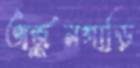
অর্জুনগাড়ি